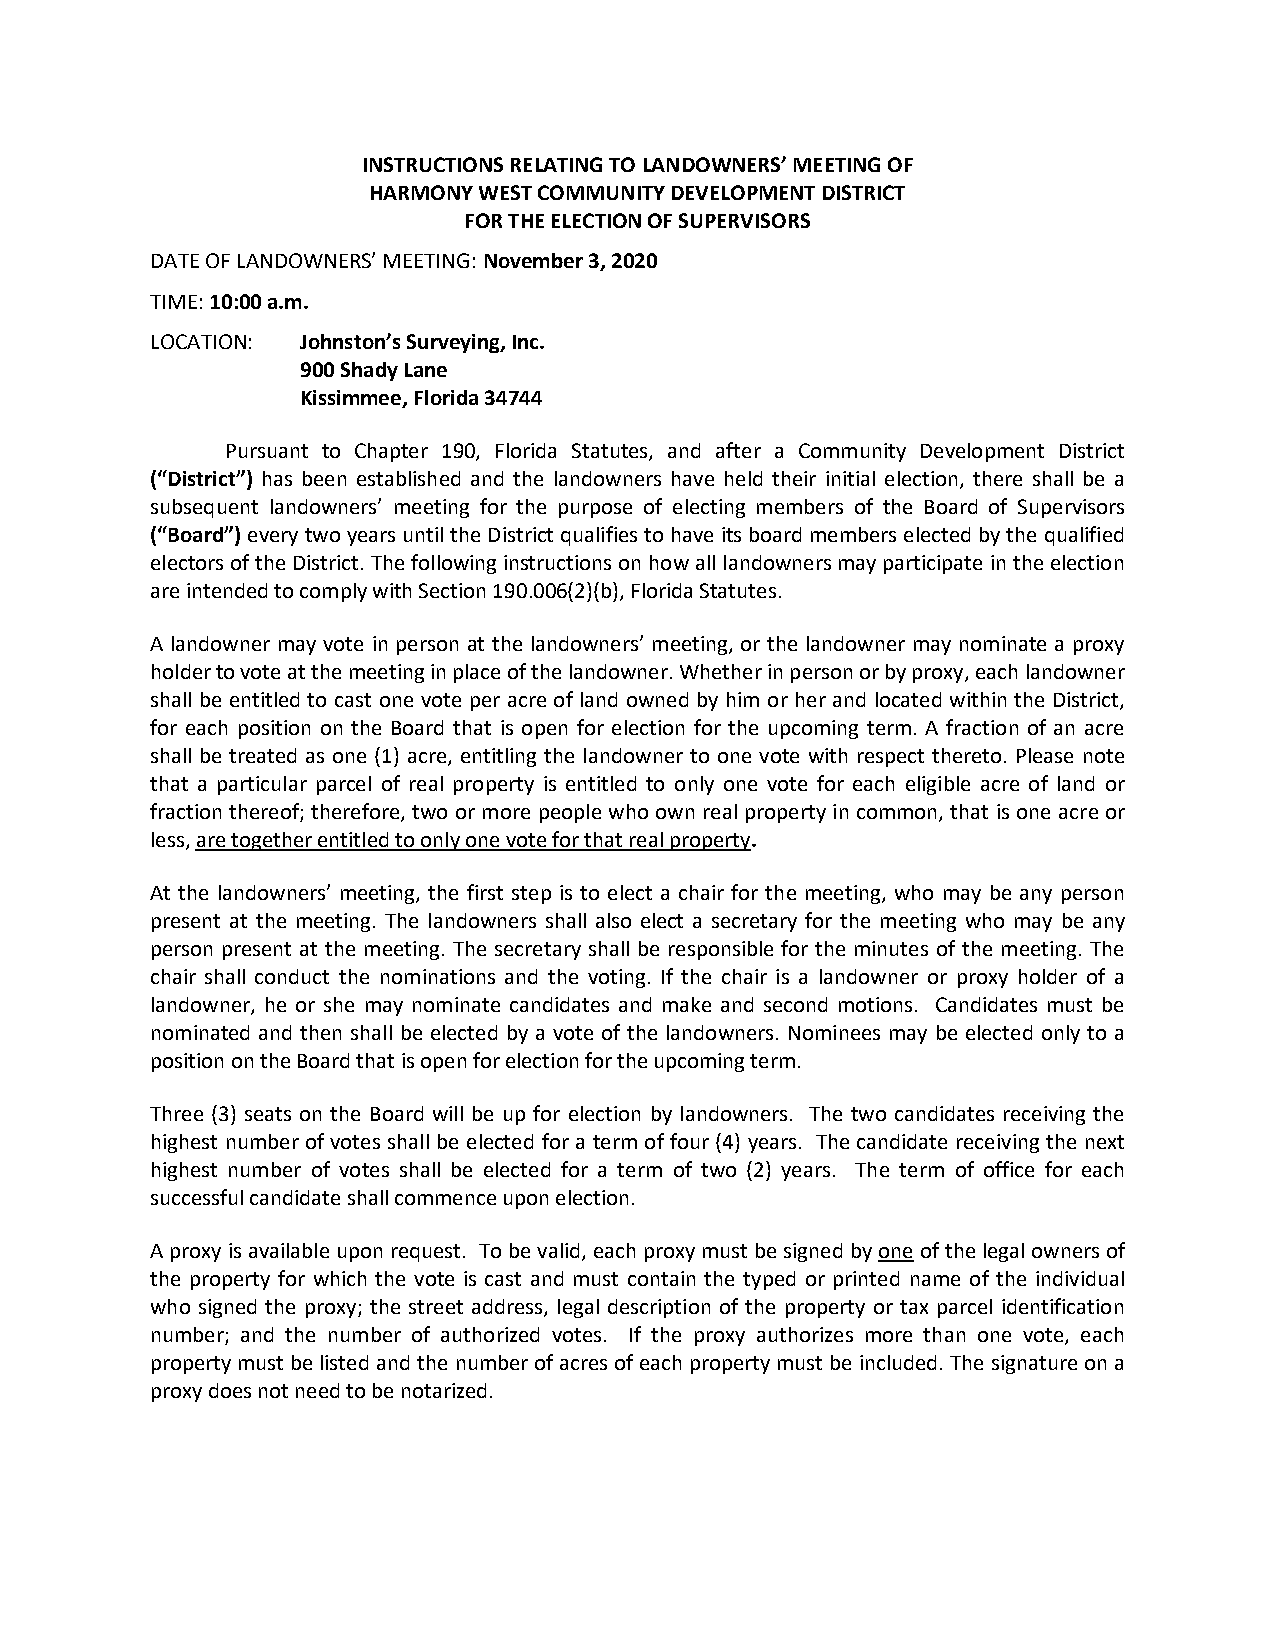
INSTRUCTIONS RELATING TO LANDOWNERS’ MEETING OF
 HARMONY WEST COMMUNITY DEVELOPMENT DISTRICT
 FOR THE ELECTION OF SUPERVISORS
 DATE OF LANDOWNERS’ MEETING: November 3, 2020
 TIME: 10:00 a.m.
 LOCATION: Johnston’s Surveying, Inc.
 900 Shady Lane
 Kissimmee, Florida 34744
 Pursuant to Chapter 190, Florida Statutes, and after a Community Development District
 (“District”) has been established and the landowners have held their initial election, there shall be a
 subsequent landowners’ meeting for the purpose of electing members of the Board of Supervisors
 (“Board”) every two years until the District qualifies to have its board members elected by the qualified
 electors of the District. The following instructions on how all landowners may participate in the election
 are intended to comply with Section 190.006(2)(b), Florida Statutes.
 A landowner may vote in person at the landowners’ meeting, or the landowner may nominate a proxy
 holder to vote at the meeting in place of the landowner. Whether in person or by proxy, each landowner
 shall be entitled to cast one vote per acre of land owned by him or her and located within the District,
 for each position on the Board that is open for election for the upcoming term. A fraction of an acre
 shall be treated as one (1) acre, entitling the landowner to one vote with respect thereto. Please note
 that a particular parcel of real property is entitled to only one vote for each eligible acre of land or
 fraction thereof; therefore, two or more people who own real property in common, that is one acre or
 less, are together entitled to only one vote for that real property.
 At the landowners’ meeting, the first step is to elect a chair for the meeting, who may be any person
 present at the meeting. The landowners shall also elect a secretary for the meeting who may be any
 person present at the meeting. The secretary shall be responsible for the minutes of the meeting. The
 chair shall conduct the nominations and the voting. If the chair is a landowner or proxy holder of a
 landowner, he or she may nominate candidates and make and second motions. Candidates must be
 nominated and then shall be elected by a vote of the landowners. Nominees may be elected only to a
 position on the Board that is open for election for the upcoming term.
 Three (3) seats on the Board will be up for election by landowners. The two candidates receiving the
 highest number of votes shall be elected for a term of four (4) years. The candidate receiving the next
 highest number of votes shall be elected for a term of two (2) years. The term of office for each
 successful candidate shall commence upon election.
 A proxy is available upon request. To be valid, each proxy must be signed by one of the legal owners of
 the property for which the vote is cast and must contain the typed or printed name of the individual
 who signed the proxy; the street address, legal description of the property or tax parcel identification
 number; and the number of authorized votes. If the proxy authorizes more than one vote, each
 property must be listed and the number of acres of each property must be included. The signature on a
 proxy does not need to be notarized.